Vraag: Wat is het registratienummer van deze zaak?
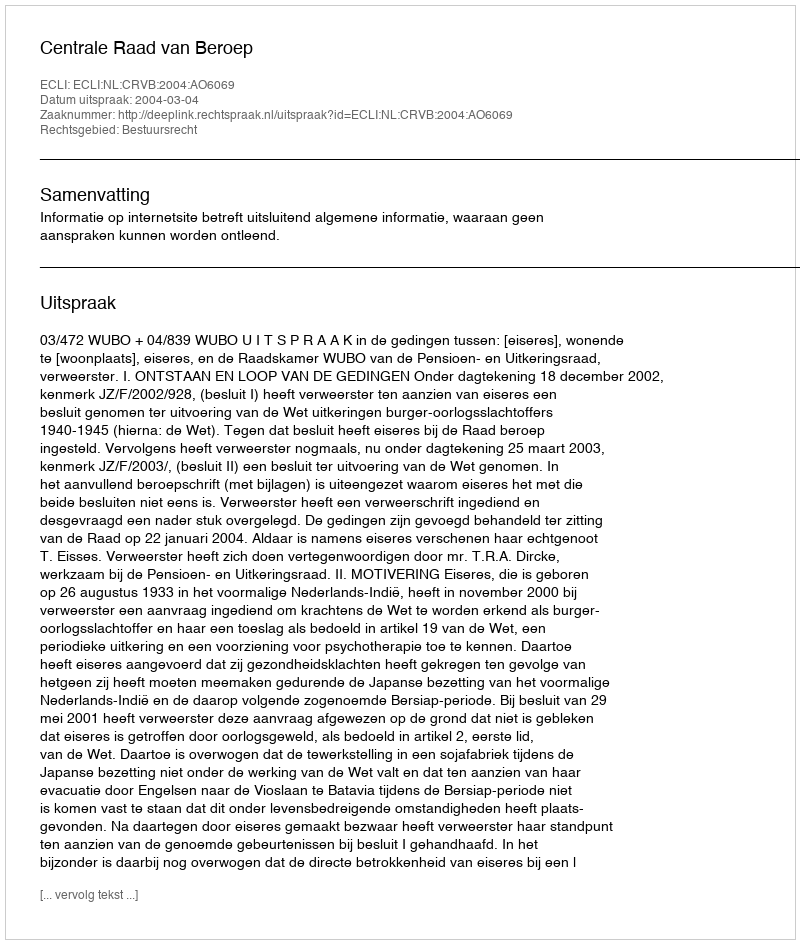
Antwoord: http://deeplink.rechtspraak.nl/uitspraak?id=ECLI:NL:CRVB:2004:AO6069